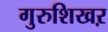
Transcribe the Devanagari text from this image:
गुरुशिखऱ